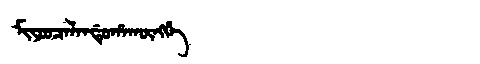
Manchu: ᠮᡳᠶᠣᠣᠴᠠᠯᠠᠨᡩᡠᡥᠠᡴᡡᠩᡤᡝ
Romanization: MIYOOCALANDUHAKŪNGGE